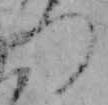
つ